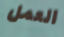
العمل